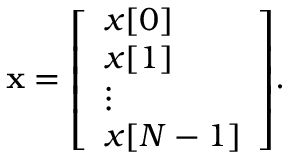
\mathbf { x } = { \left[ \begin{array} { l } { x [ 0 ] } \\ { x [ 1 ] } \\ { \vdots } \\ { x [ N - 1 ] } \end{array} \right] } .